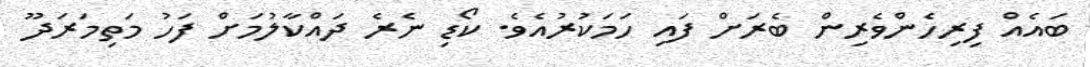
ބައެއް ފިރިހެންވެރިން ބެރަށް ފައި ހަމަކުރުއެވެ. ކޯޑި ނެރެ ދައްކާލުމަށް ފަހު މަތިމަރަދޫ